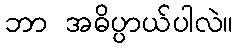
ဘာ အဓိပ္ပာယ်ပါလဲ။